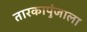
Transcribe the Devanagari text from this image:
तारकापुंजाला